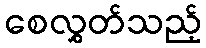
စေလွှတ်သည့်